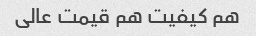
هم کیفیت هم قیمت عالی